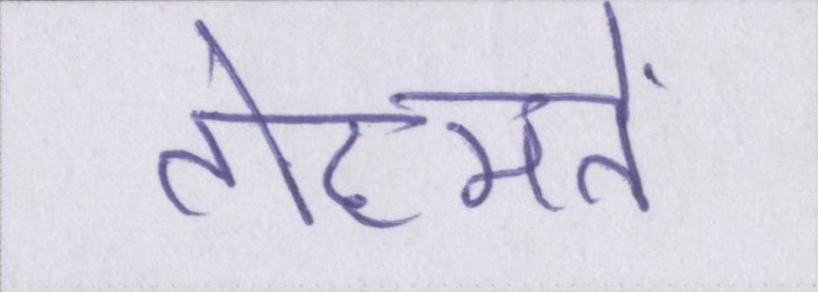
तोहमतें